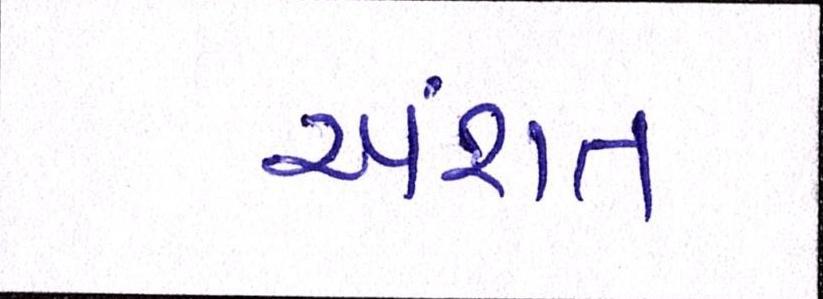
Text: અંશત